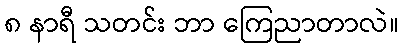
၈ နာရီ သတင်း ဘာ ကြေညာတာလဲ။